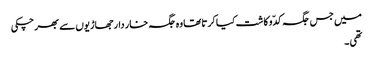
میں جس جگہ کدّو کاشت کیا کرتاتھا وہ جگہ خار دار جھاڑیوں سے بھر چکی
تھی ۔